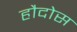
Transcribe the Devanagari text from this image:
हौदोस